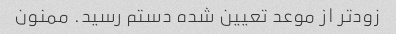
زودتر از موعد تعیین شده دستم رسید. ممنون